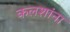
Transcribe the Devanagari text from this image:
कलशांना